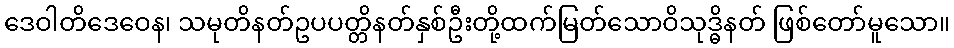
ဒေဝါတိဒေဝေန၊ သမုတိနတ်ဥပပတ္တိနတ်နှစ်ဦးတို့ထက်မြတ်သောဝိသုဒ္ဓိနတ် ဖြစ်တော်မူသော။